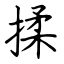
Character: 揉